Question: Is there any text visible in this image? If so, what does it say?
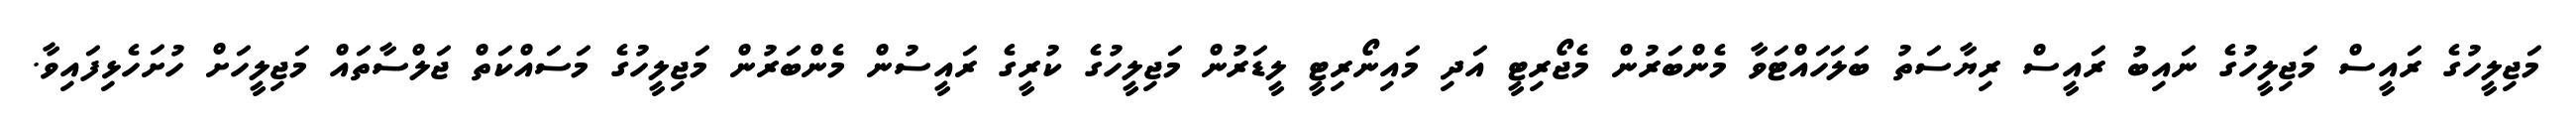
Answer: މަޖިލީހުގެ ރައީސް މަޖިލީހުގެ ނައިބު ރައީސް ރިޔާސަތު ބަލަހައްޓަވާ މެންބަރުން މެޖޯރިޓީ އަދި މައިނޯރިޓީ ލީޑަރުން މަޖިލީހުގެ ކުރީގެ ރައީސުން މެންބަރުން މަޖިލީހުގެ މަސައްކަތް ޖަލްސާތައް މަޖިލީހަށް ހުށަހެޅިފައިވާ.